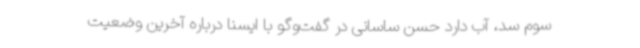
سوم سد، آب دارد حسن ساسانی در گفت‌وگو با ایسنا درباره آخرین وضعیت